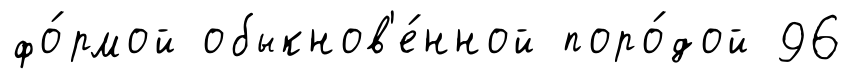
фо́рмой обыкнов'е́нной поро́дой 96